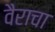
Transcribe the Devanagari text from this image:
वैराचा